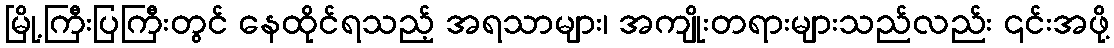
မြို့ကြီးပြကြီးတွင် နေထိုင်ရသည့် အရသာများ၊ အကျိုးတရားများသည်လည်း ၎င်းအဖို့